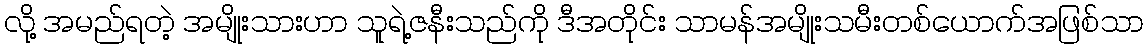
လို့ အမည်ရတဲ့ အမျိုးသားဟာ သူရဲ့ဇနီးသည်ကို ဒီအတိုင်း သာမန်အမျိုးသမီးတစ်ယောက်အဖြစ်သာ